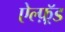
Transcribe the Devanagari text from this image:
ऐल्फ़्रॅड